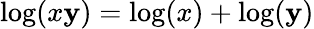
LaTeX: \log(x\mathbf{y})=\log(x)+\log(\mathbf{y})